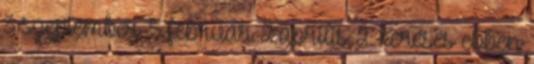
3 szeptember 5 február 2 április 2 Keresés ebben